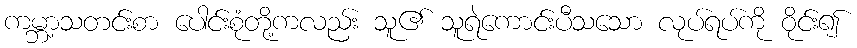
ကမ္ဘာ့သတင်းစာ ပေါင်းစုံတို့ကလည်း သူ၏ သူရဲကောင်းပီသသော လုပ်ရပ်ကို ဝိုင်း၍